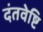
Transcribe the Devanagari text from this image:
दंतवेष्टि